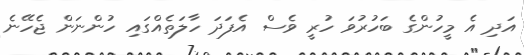
އަދި އެ މީހުންގެ ބަހުރުވަ ހުރީ ވެސް އެފަދަ ހާލަތެއްގައި ހުންނަން ޖެހޭނެ